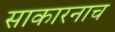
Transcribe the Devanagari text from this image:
साकारनाच